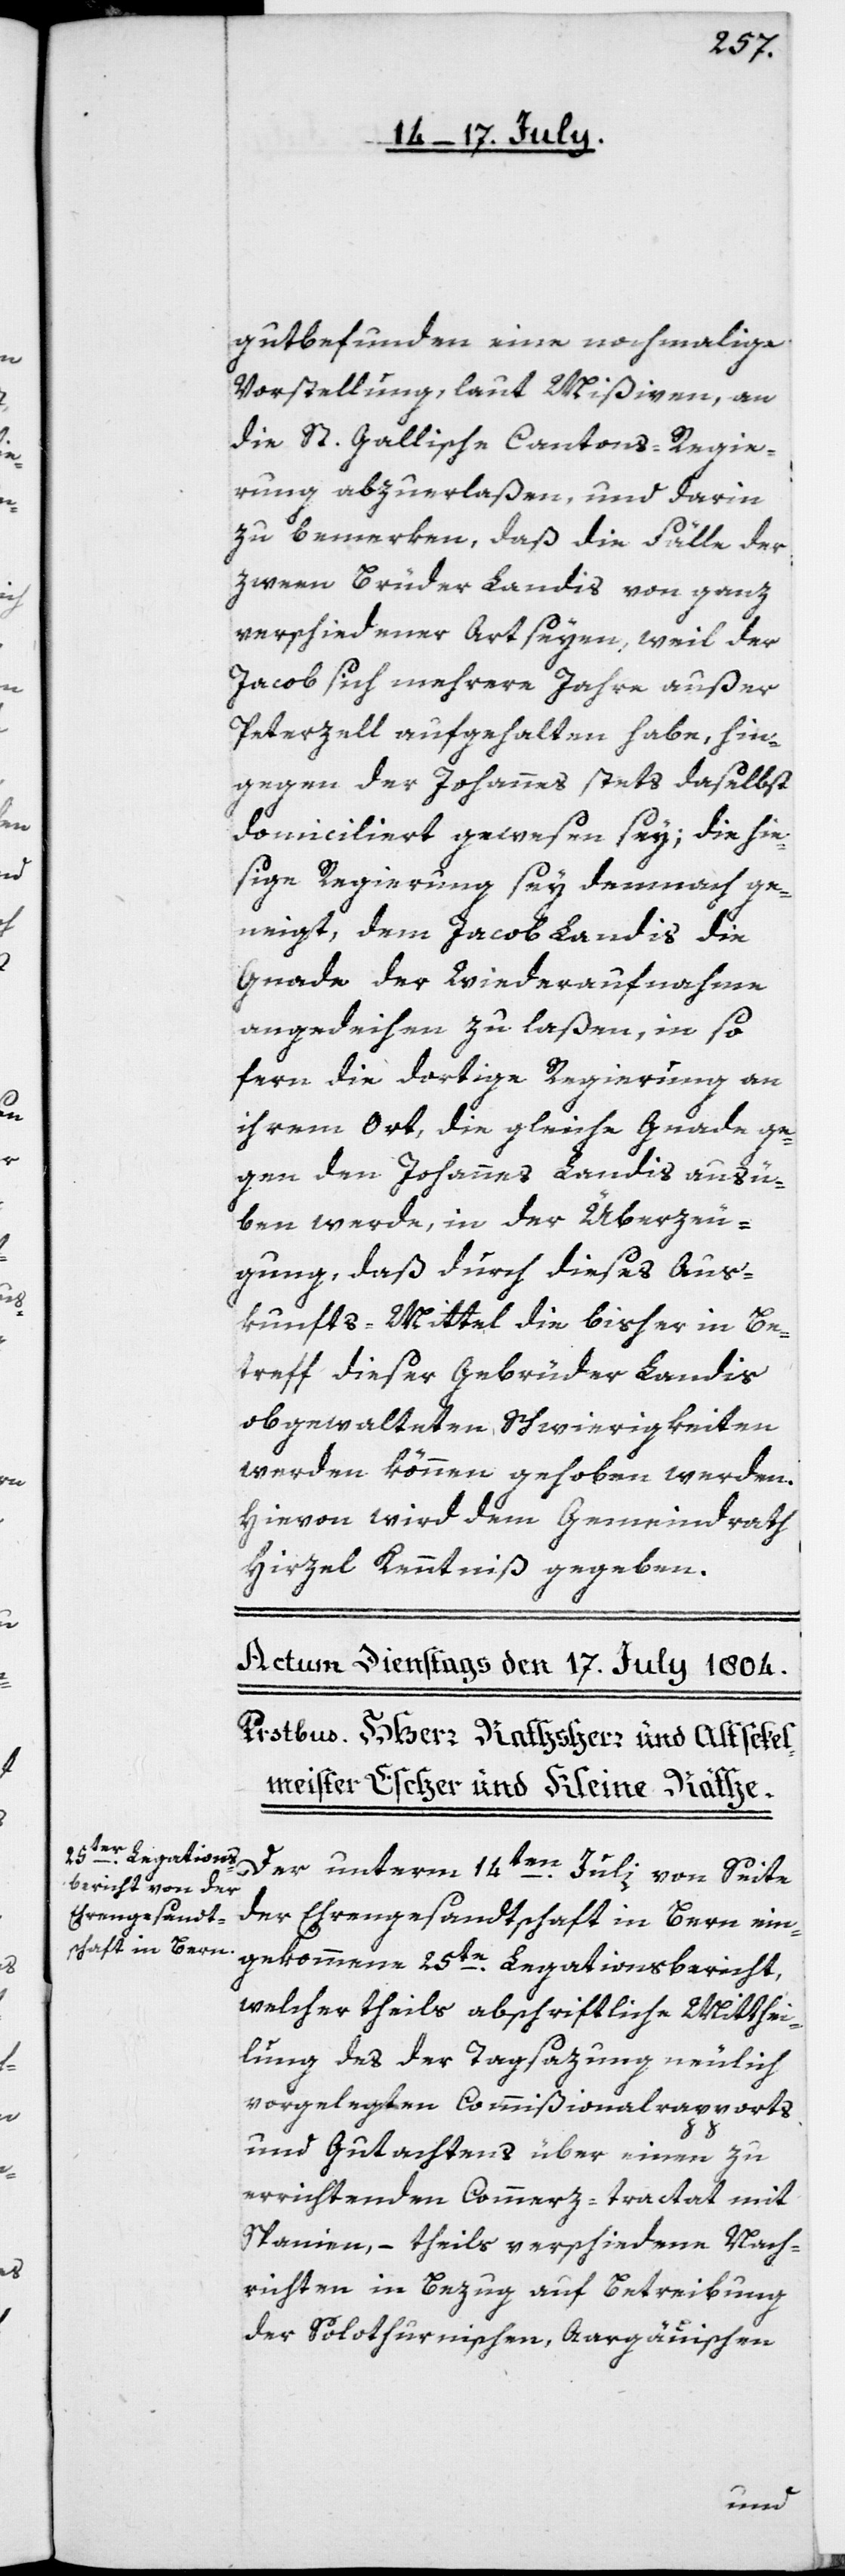
gutbefunden eine nochmalige
Vorstellung, laut Mißiven, an
die St. Gallische Cantons-Regie¬
rung abzuerlaßen, und darin
zu bemerken, daß die Fälle der
zween Brüder Landis von ganz
verschiedener Art seyen, weil der
Jacob sich mehrere Jahre außer
Peterzell aufgehalten habe, hin¬
gegen der Johannes stets daselbst
domiciliert gewesen sey; die hie¬
sige Regierung sey demnach ge¬
neigt, dem Jacob Landis die
Gnade der Wiederaufnahme
angedeihen zu laßen, in so
fern die dortige Regierung an
ihrem Ort, die gleiche Gnade ge¬
gen den Johannes Landis ausü¬
ben werde, in der Überzeu¬
gung, daß durch dieses Aus¬
kunfts-Mittel die bisher in Be¬
treff dieser Gebrüder Landis
obgewalteten Schwierigkeiten
werden können gehoben werden.
Hievon wird dem Gemeindrath
Hirzel Kenntniß gegeben.
Der unterm 14ten Julii von Seite
der Ehrengesandtschaft in Bern ein¬
gekommene 25te Legationsbericht,
welcher theils abschriftliche Mitthei¬
lung des der Tagsazung neulich
vorgelegten Commißionalrapports
und Gutachtens über einen zu
errichtenden Commerz-tractat mit
Spanien, – theils verschiedene Nach¬
richten in Bezug auf Betreibung
der Solothurnischen, Aargäuischen